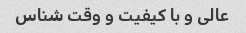
عالی و با کیفیت و وقت شناس